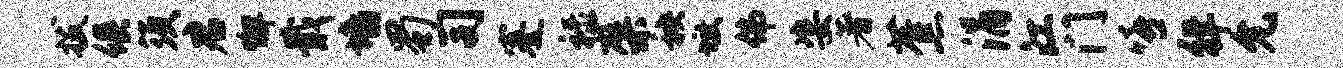
拔俱须君懈戢墙蜀司蹇禄檗秧墩佛姿著蕉涓江门嘻徉允